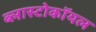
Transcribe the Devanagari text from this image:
ब्लास्टोकॉयल